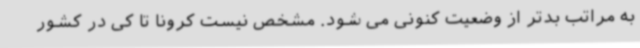
به مراتب بدتر از وضعیت کنونی می شود. مشخص نیست کرونا تا کی در کشور